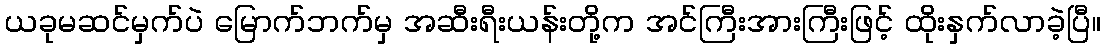
ယခုမဆင်မှက်ပဲ မြောက်ဘက်မှ အဆီးရီးယန်းတို့က အင်ကြီးအားကြီးဖြင့် ထိုးနှက်လာခဲ့ပြီ။